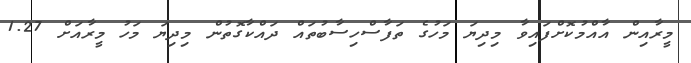
މީރާއިން އާއްމުކޮށްފައިވާ މިދިޔަ މަހުގެ ތަފާސްހިސާބުތައް ދައްކާގޮތުން މިދިޔަ މަހު މީރާއަށް 1.27